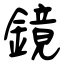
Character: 鏡